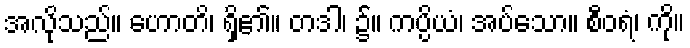
အလိုသည်။ ဟောတိ၊ ရှိ၏။ တဒါ၊ ၌။ ကပ္ပိယံ၊ အပ်သော။ စီဝရံ၊ ကို။